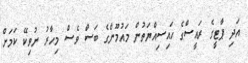
އަދި ޕާޓީގެ ރައީސްގެ ހައިސިއްޔަތުން މައުމޫންގެ ބަސް ވެސް މިހާރު ނުވިކޭ ކަމަށް